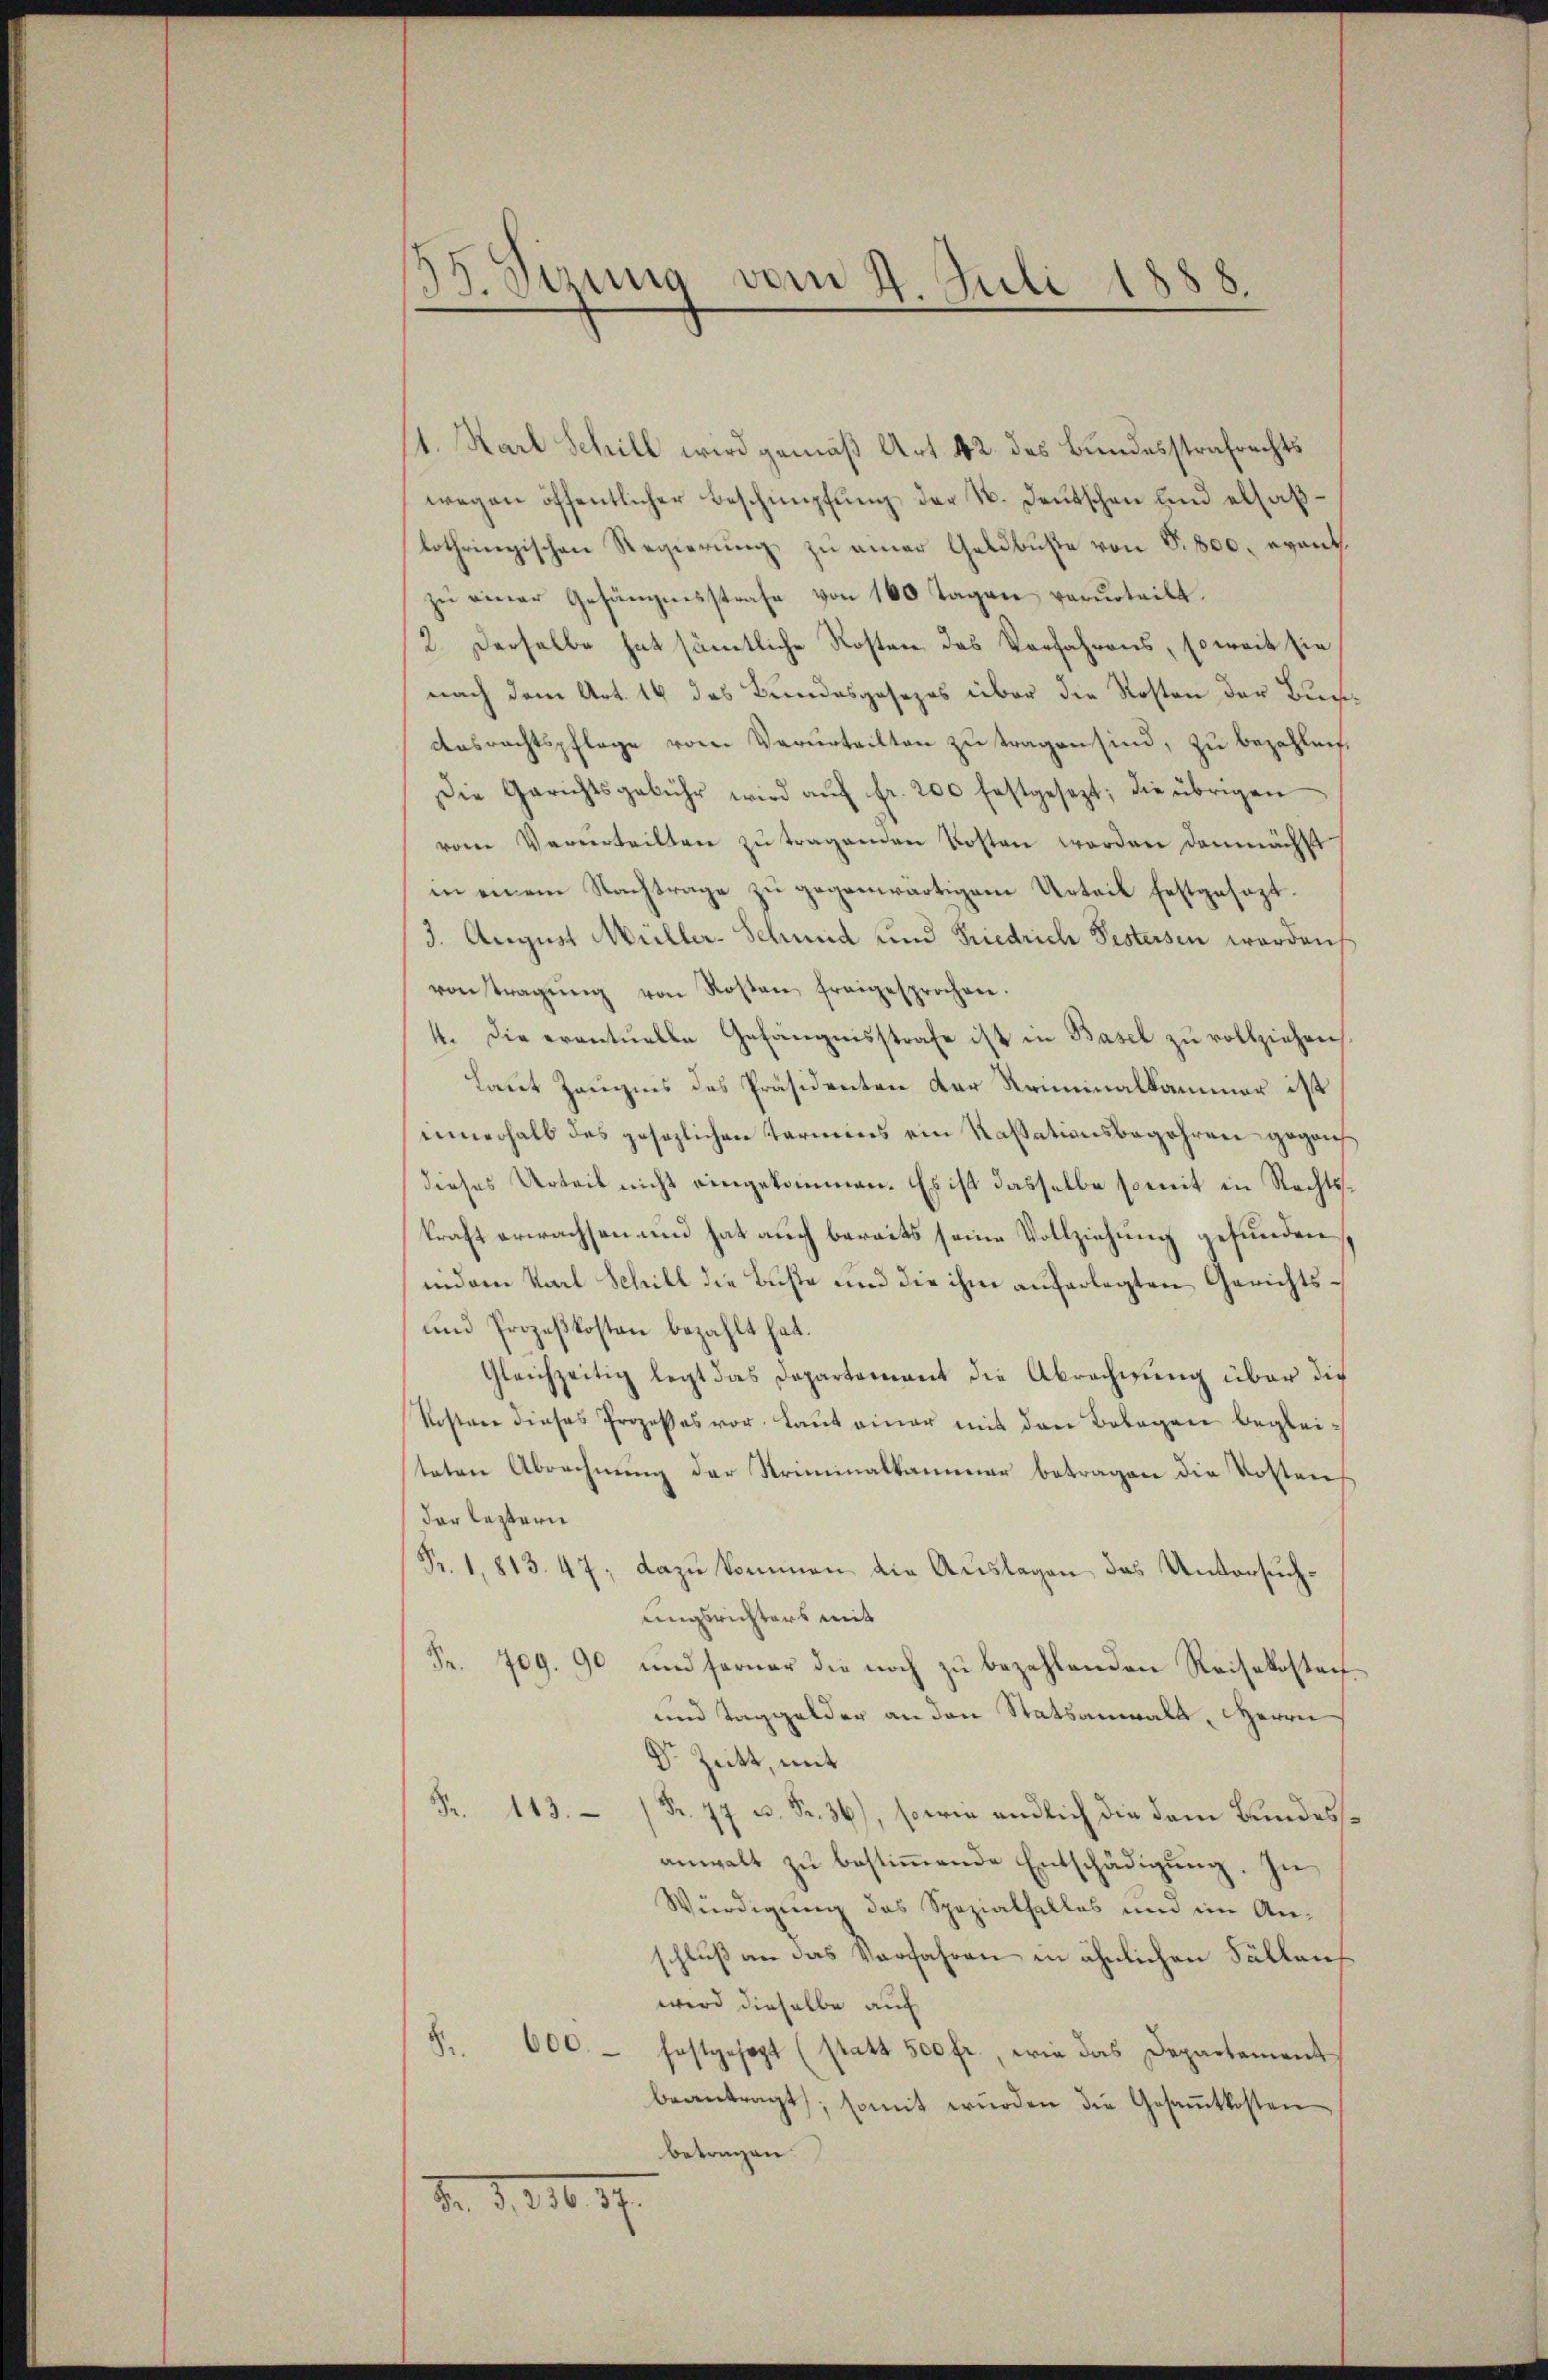
55. Sirung vom 4. Juli 1888.

11. Karl Schill wird gemäß Art. 42. des Bundesstrafrechts
wegen öffentlicher Beschimpfung der N. Deutschen und elsaß
lothringischen Regierung zu einer Geldbuste von S. 800. evant.
zu einer Gefängnisstrafe von 160 Tagen verurteilt.
2. Derselbe hat sämmtliche Kosten das Verfahrens, so weit sie
nach dem Art. 14 des Bundesgesezes über die Kosten der Buch¬
Ausrechtspflege vom Verurteilten zu tragen sind, zu bezahleif.
Die Gerichtsgebühr wird aŭf fr. 200 festgesezt; die übrigen
vom Verurteilten zŭ tragenden Kosten worden demnächst
in einem Nachträge zu gegenwärtigem Urteil festgesezt.
3. August Müller-Schmid und Friedrich Festersen werden,
von Tragŭng von Kosten freigesprochen.
4. Die eventuelle Gefängnisstrafe ist in Basel zu vollziehen.
Laut Zeugens des Präsidenten der Kriminalkammer ist
innerhalb des gesezlichen Termins ein Kassationsbegehren gegens
dieses Urteil nicht eingekommen. Es ist dasselbe somit in Rechtskraft erwachsen und hat auch bereits seine Vollziehung gefunden
indem Karl Schill die Büste und die ihm auferlegten Gerichts¬
und Prozeßkosten bezahlt hat.
Gleichzeitig legt das Departement die Abrechnung über die
Kosten dieses Prozesses vor. Laŭt einer mit den Belegen beglei-
teten Abrechnung der Striminalkammer betragen die Kosten,
der leztern
Fr. 1813. 47; dazu kommen die Auslagen das Untersuchungsrichters mit
Fr. 709. 90 und ferner die noch zŭ bezahlenden Reisekosten-
und Taggelder an den Statsanwalt, Herrn
Dr Zeitt, mit
Fr. 113. Fr. 77 u. Fr. 36), so wie endlich die dem Bundesanwalt zu bestimmende Entschädigung. In
Würdigung des Spezialfalles und im An-
schluß an das Verfahren in ähnlichen Fällans
wird dieselbe auf
Fr. 600. festgesagt (statt 500 fr., wie das Departement
beantragt, somit würden die Gesaṁtkosten
betragen.
d. d. 118. 17.